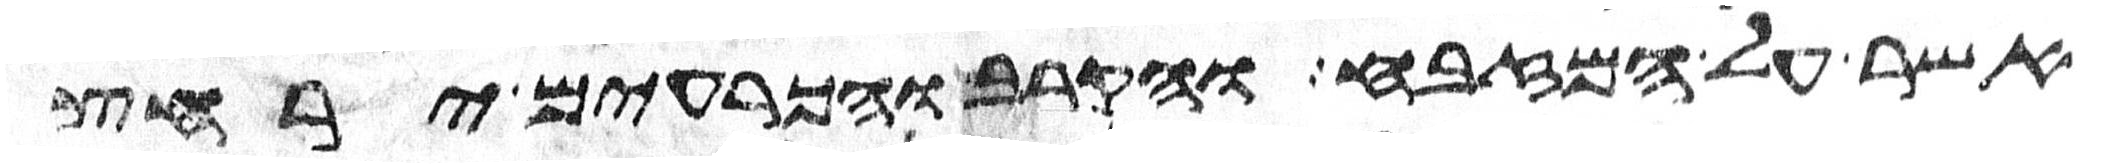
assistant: אשר על המזבח והקרב והכרעים ירחץ